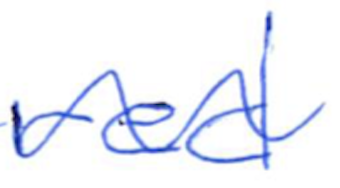
Text: red
Cross-out: wave
Writing tool: ballpoint